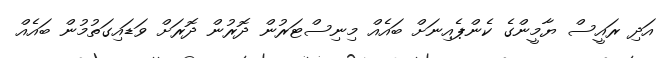
އަދި ރައީސް ޔާމީންގެ ކެންޕެއިނަށް ބައެއް މިނިސްޓަރުން ދޮރުން ދޮރަށް ވަޑައިގަތުމުން ބައެއް